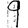
Digit: 9